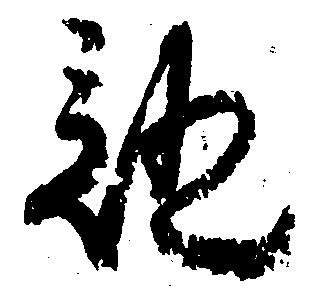
証